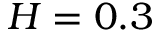
H = 0 . 3